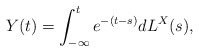
\begin{align*} Y(t)=\int_{-\infty }^{t}e^{-(t-s)}dL^{X}(s),\end{align*}